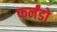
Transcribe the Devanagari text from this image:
फर्नंडो